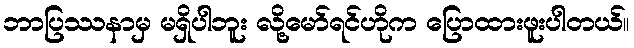
ဘာပြဿနာမှ မရှိပါဘူး လို့မော်ရင်ဟိုက ပြောထားဖူးပါတယ်။